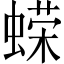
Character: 蝾